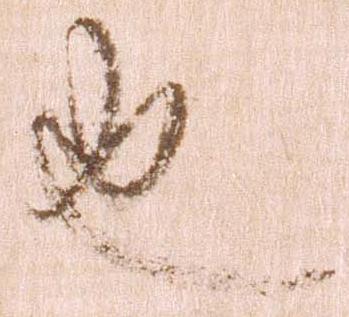
也